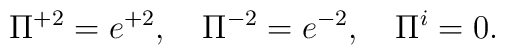
\Pi^{+2}=e^{+2},\quad\Pi^{-2}=e^{-2},\quad\Pi^i=0.